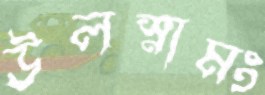
উলস্নামং